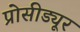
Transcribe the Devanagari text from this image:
प्रोसीड्यूर